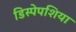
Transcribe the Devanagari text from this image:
डिस्पेपशिया